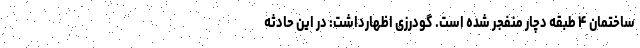
ساختمان ۴ طبقه دچار منفجر شده است. گودرزی اظهارداشت: در این حادثه